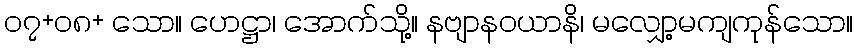
၀၇+၀၈+ သော။ ဟေဋ္ဌာ၊ အောက်သို့။ နဗျာနဝယာနိ၊ မလျှော့မကျကုန်သော။